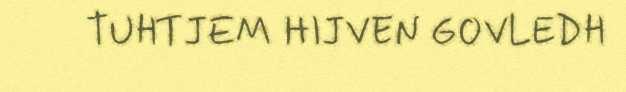
TUHTJEM HIJVEN GOVLEDH